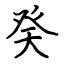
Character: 癸